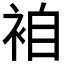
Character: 𮕼